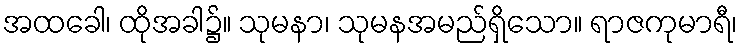
အထခေါ၊ ထိုအခါ၌။ သုမနာ၊ သုမနအမည်ရှိသော။ ရာဇကုမာရီ၊